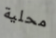
محلية